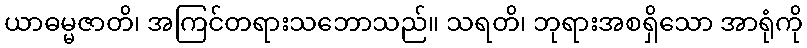
ယာဓမ္မဇာတိ၊ အကြင်တရားသဘောသည်။ သရတိ၊ ဘုရားအစရှိသော အာရုံကို